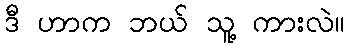
ဒီ ဟာက ဘယ် သူ့ ကားလဲ။